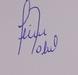
Signature authenticity: forged